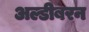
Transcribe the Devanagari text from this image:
अल्डीबरन